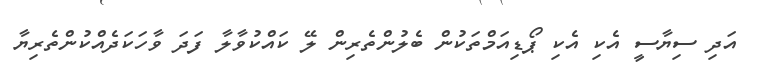
އަދި ސިޔާސީ އެކި އެކި ޕޯޑިއަމްތަކުން ބެލުންތެރިން ލޭ ކައްކުވާލާ ފަދަ ވާހަކަދެއްކުންތެރިޔާ